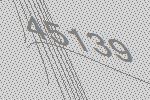
45139